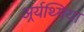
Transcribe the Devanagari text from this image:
अर्र्यथ्मिया